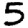
Digit: 5